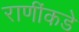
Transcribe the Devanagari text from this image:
राणींकडे